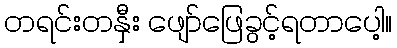
တရင်းတနှီး ဖျော်ဖြေခွင့်ရတာပေါ့။